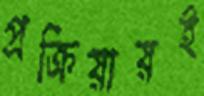
প্রক্রিয়ায়ই